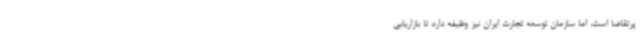
پرتقاضا است، اما سازمان توسعه تجارت ایران نیز وظیفه دارد تا بازاریابی